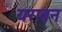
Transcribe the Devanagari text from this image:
यरावन